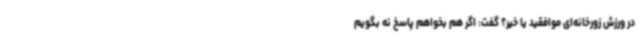
در ورزش زورخانه‌ای موافقید یا خیر؟ گفت: اگر هم بخواهم پاسخ نه بگویم